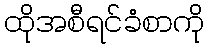
ထိုအစီရင်ခံစာကို